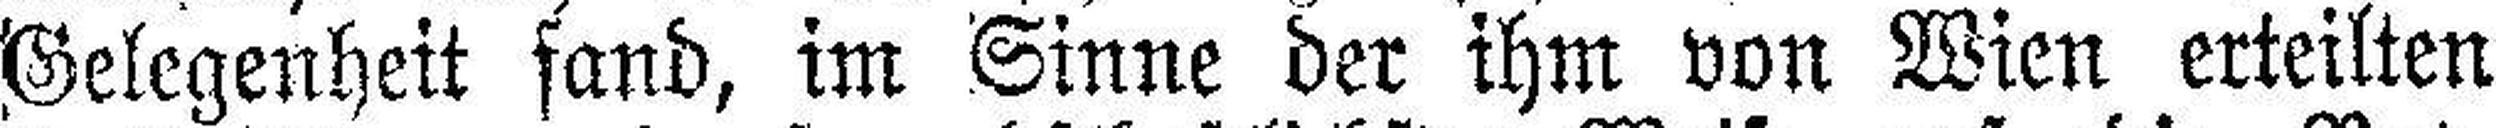
Gelegenheit fand, im Sinne der ihm von Wien erteilten